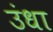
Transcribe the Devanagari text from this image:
उंधा